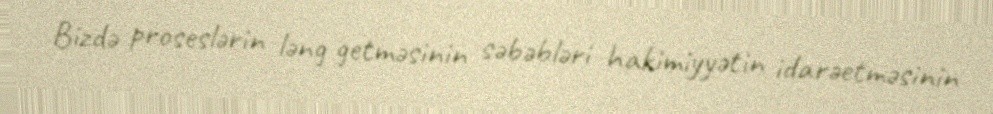
Bizdə proseslərin ləng getməsinin səbəbləri hakimiyyətin idarəetməsinin